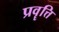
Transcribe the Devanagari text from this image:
प्रवॄत्ति